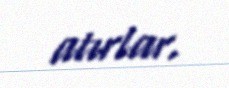
atırlar.